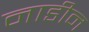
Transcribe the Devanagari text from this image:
नाडीन